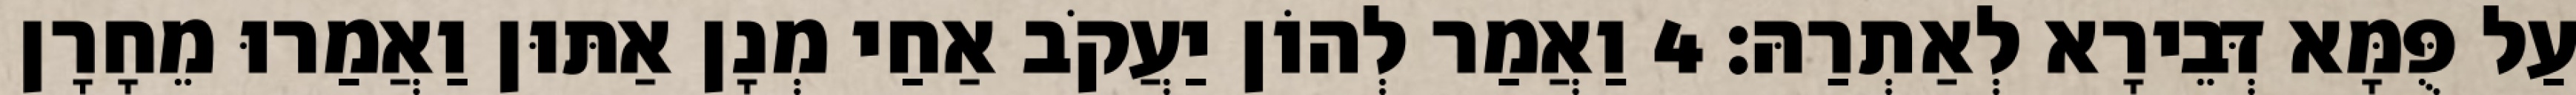
עַל פֻּמָּא דְּבֵירָא לְאַתְרַהּ׃ 4 וַאֲמַר לְהוֹן יַעֲקֹב אַחַי מְנָן אַתּוּן וַאֲמַרוּ מֵחָרָן